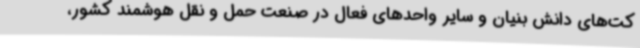
کت‌های دانش بنیان و سایر واحدهای فعال در صنعت حمل و نقل هوشمند کشور،